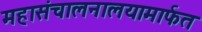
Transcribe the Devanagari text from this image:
महासंचालनालयामार्फत